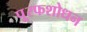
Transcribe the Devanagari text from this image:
पू्रफशोधन